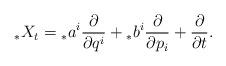
LaTeX: \begin{align*}{_{*}X_{t}}={_{*}a}^{i}\frac{\partial}{\partial q^{i}}+{_{*}b}^{i}\frac{\partial}{\partial p_{i}}+\frac{\partial}{\partial t}.\end{align*}